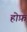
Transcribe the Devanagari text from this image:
होफ़